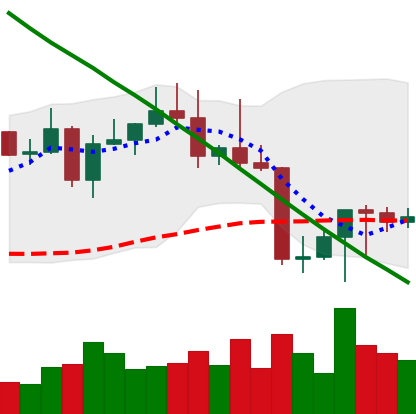
Ticker: LTC-USD
Chart end date: 2022-08-25
Forward return: -6.578%
Label: down_5_7